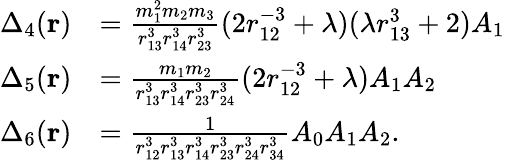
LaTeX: \begin{array}{rl}{\Delta_{4}(\mathbf{r})}&{=\frac{m_{1}^{2}m_{2}m_{3}}{r_{13}^{3}r_{14}^{3}r_{23}^{3}}(2r_{12}^{-3}+\lambda)(\lambda r_{13}^{3}+2)A_{1}}\\ {\Delta_{5}(\mathbf{r})}&{=\frac{m_{1}m_{2}}{r_{13}^{3}r_{14}^{3}r_{23}^{3}r_{24}^{3}}(2r_{12}^{-3}+\lambda)A_{1}A_{2}}\\ {\Delta_{6}(\mathbf{r})}&{=\frac{1}{r_{12}^{3}r_{13}^{3}r_{14}^{3}r_{23}^{3}r_{24}^{3}r_{34}^{3}}A_{0}A_{1}A_{2}.}\end{array}